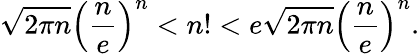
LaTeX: \sqrt{2\pi n}\left(\frac{n}{e}\right)^{n}<n!<e\sqrt{2\pi n}\left(\frac{n}{e}\right)^{n}.